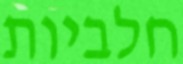
חלביות